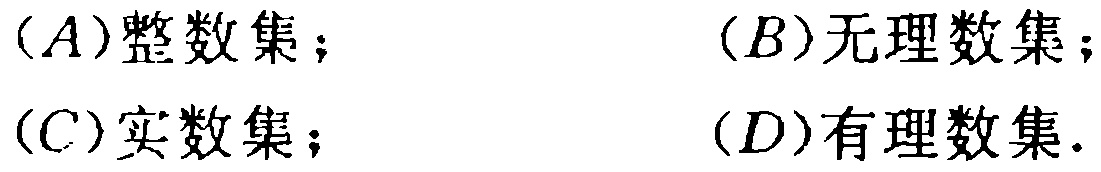
(A)整数集；(B)无理数集；(C)实数集；(D)有理数集.